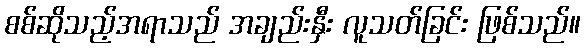
စစ်ဆိုသည့်အရာသည် အချည်းနှီး လူသတ်ခြင်း ဖြစ်သည်။